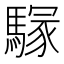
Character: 𩥃